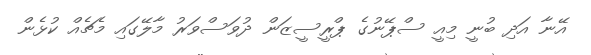
އޭނާ އަދި ބުނީ މިއީ ސްޕޭނުގެ ޕްރީސީޒަން ދުވަސްވަރު މާލޭގައި މެޗެއް ކުޅެން